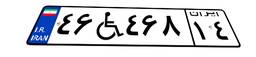
۴۶W۴۶۸۱۴